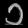
Digit: ၁